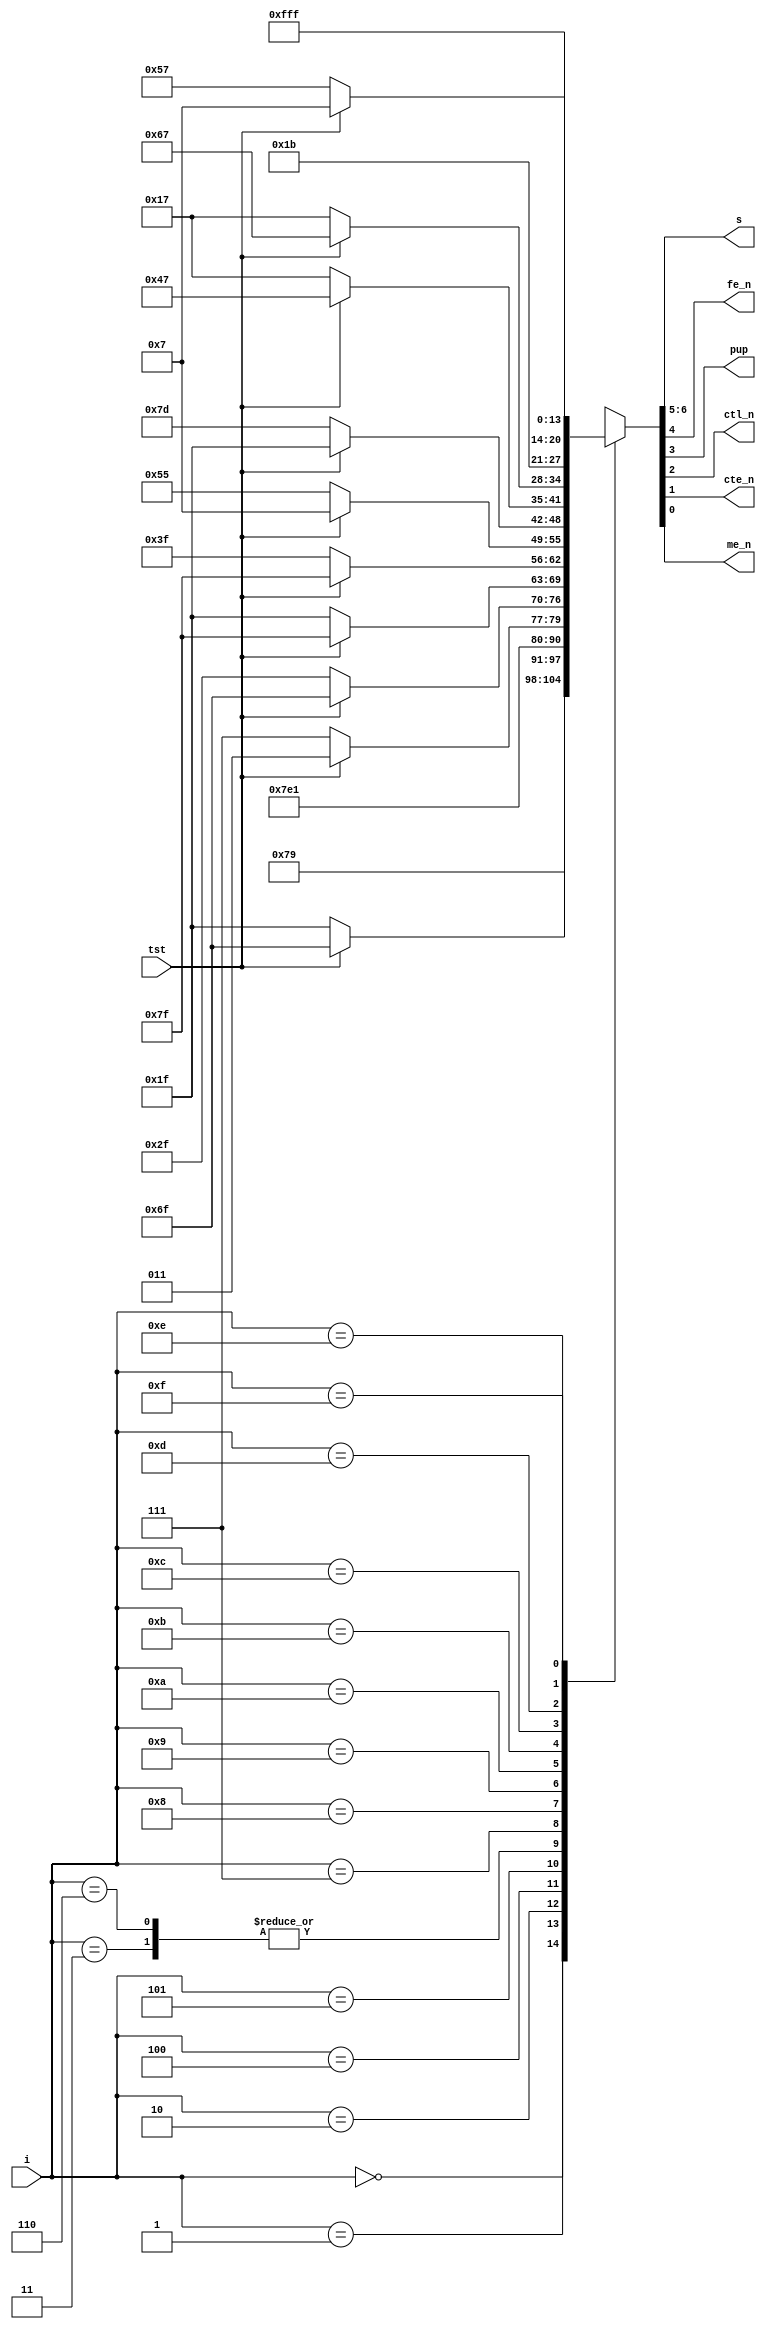
//
// Copyright (c) 2020 by 1801BM1@gmail.com
//______________________________________________________________________________
//
// Microinstruction decoder
//
module am29811
(
   input    tst,        // entry for conditional instructions
   input    [3:0] i,    // microcode instruction
                        //
   output   [1:0] s,    // address selector
   output   fe_n,       // file enable
   output   pup,        // push/pop_n
   output   ctl_n,      // counter load
   output   cte_n,      // counter enable
   output   me_n        // map enable
);

reg [6:0] mx;

assign s[1]  = mx[6];    // 00 - pc, 01 - ra
assign s[0]  = mx[5];    // 10 - sp, 11 - di
assign fe_n  = mx[4];    //
assign pup   = mx[3];    // 1/0 - push/pop
assign ctl_n = mx[2];
assign cte_n = mx[1];
assign me_n  = mx[0];

//
// Unconditional commands
//
// 0000:  jz    di, ctl, cte
// 0010:  jmap  di, me
// 1100:  ldct  pc, ctl
// 1110:  cont  pc
// 1111:  jp    di
//
// Conditional commands
//             miss        taken
// 0001:  cjs  pc          di, push
// 0011:  cjp  pc          di
// 0100:  push pc, push    pc, push, ctl
// 0101:  jsrp ra, push    di, push
// 0110:  cjv  pc          di
// 0111:  jrp  ra          di
// 1000:  rfct sp, cte     pc, pop
// 1001:  rpct di, cte     pc
// 1010:  crtn pc          sp, pop
// 1011:  cjpp pc          di, pop
// 1101:  loop sp          pc, pop
//
always @(*)
case(i[3:0])
   4'b0000: mx = 7'b1111001;                       // jz   - jump zero
   4'b0001: mx = ~tst ? 7'b0011111 : 7'b1101111;   // cjs  - cond jsb pl
   4'b0010: mx = 7'b1111110;                       // jmap - jump map
   4'b0011: mx = ~tst ? 7'b0011111 : 7'b1111111;   // cjp  - cond jump pl
   4'b0100: mx = ~tst ? 7'b0001111 : 7'b0001011;   // push - push/cond ld cntr
   4'b0101: mx = ~tst ? 7'b0101111 : 7'b1101111;   // jsrp - cond jsb r/pl
   4'b0110: mx = ~tst ? 7'b0011111 : 7'b1111111;   // cjv  - cond jump vector
   4'b0111: mx = ~tst ? 7'b0111111 : 7'b1111111;   // jrp  - cond jump r/pl
   4'b1000: mx = ~tst ? 7'b1010101 : 7'b0000111;   // rfct - repeat loop, ctr != 0
   4'b1001: mx = ~tst ? 7'b1111101 : 7'b0011111;   // rpct - repeat pl, ctr != 0
   4'b1010: mx = ~tst ? 7'b0010111 : 7'b1000111;   // crtn - cond return
   4'b1011: mx = ~tst ? 7'b0010111 : 7'b1100111;   // cjpp - cond jump pl & pop
   4'b1100: mx = 7'b0011011;                       // ldct - ld cntr & continue
   4'b1101: mx = ~tst ? 7'b1010111 : 7'b0000111;   // loop - test end loop
   4'b1110: mx = 7'b0011111;                       // cont - continue
   4'b1111: mx = 7'b1111111;                       // jp   - jump pl
endcase
endmodule